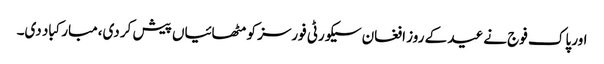
اور پاک فوج نے عید کے روز افغان سیکورٹی فورسز کو مٹھائیاں پیش کر دی،مبارکباد دی۔